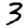
Digit: 3